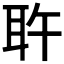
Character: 𰭷